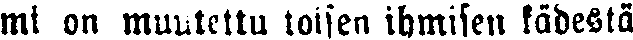
mi on muutettu toisen ihmisen kädestä